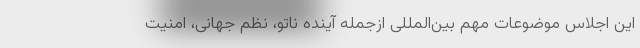
این اجلاس موضوعات مهم بین‌المللی ازجمله آینده ناتو، نظم جهانی، امنیت